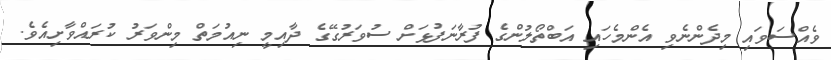
ވެއްސަވައި މިދެންނެވި އެންމެހައި އަބްތޯލުންގެ ފުރާނަފުޅަށް ސުވަރުގޭގެ ދާއިމީ ނިއުމަތް މިންވަރު ކުރައްވާށިއެވެ.